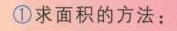
\textcircled{1}求面积的方法：